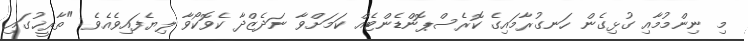
މި ނިންމުމާއި ގުޅިގެން ހަނގުރާމައިގެ ކޮރެސްޕޮންޑެންޓެއް ކަމަށްވާ ނަދެޒްދާ ކެވޮކޯވާ ލިޔެފައިވެއެވެ: "ތާރީޚުގައި